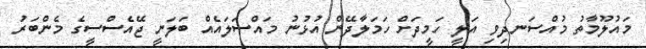
މައުލޫމާތު މުއްސަނދިވި އަލީ ހަމީދަށް ހަމަލާދޭން އުޅުނު މައްސަލައެއް ބަލަނީ ޖޭއެސްސީގެ މެންބަރު